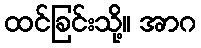
ထင်ခြင်းသို့။ အာဂ